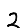
Digit: 2